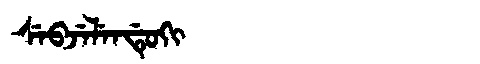
Manchu: ᠰᡝᠪᠵᡝᠯᡝᠨᡩᡠᡴᡳ
Romanization: SEBJELENDUKI